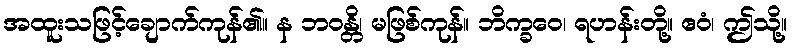
အထူးသဖြင့်ချောက်ကုန်၏။ န ဘဝန္တိ၊ မဖြစ်ကုန်။ ဘိက္ခဝေ၊ ရဟန်းတို့။ ဧဝံ၊ ဤသို့။